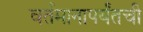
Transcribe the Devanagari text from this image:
वर्तमानापर्यंतची